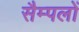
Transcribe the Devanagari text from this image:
सैम्पलों